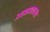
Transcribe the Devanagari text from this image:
अस्वस्थावस्था